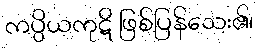
ကပ္ပိယကုဋိ ဖြစ်ပြန်သေး၏၊